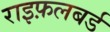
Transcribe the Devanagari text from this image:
राइफ़लबर्ड